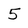
Character: 5